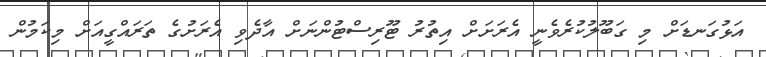
އަޅުގަނޑަށް މި ގަބޫލުކުރެވެނީ އެރަށަށް އިތުރު ޓޫރިސްޓުންނަށް އާދެވި އެރަށުގެ ތަރައްގީއަށް މިކަމުން